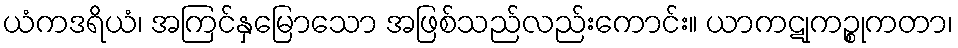
ယံကဒရိယံ၊ အကြင်နှမြောသော အဖြစ်သည်လည်းကောင်း။ ယာကဋုကဉ္စုကတာ၊